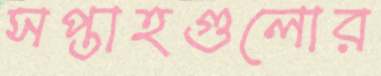
সপ্তাহগুলোর